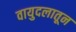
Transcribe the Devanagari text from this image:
वायुदलातून